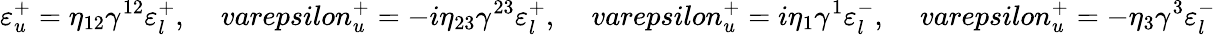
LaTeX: \varepsilon_{u}^{+}=\eta_{12}\gamma^{12}\varepsilon_{l}^{+},\ \ \ \ \, varepsilon_{u}^{+}=-i\eta_{23}\gamma^{23}\varepsilon_{l}^{+},\ \ \ \ \, varepsilon_{u}^{+}=i\eta_{1}\gamma^{1}\varepsilon_{l}^{-},\ \ \ \ \, varepsilon_{u}^{+}=-\eta_{3}\gamma^{3}\varepsilon_{l}^{-}